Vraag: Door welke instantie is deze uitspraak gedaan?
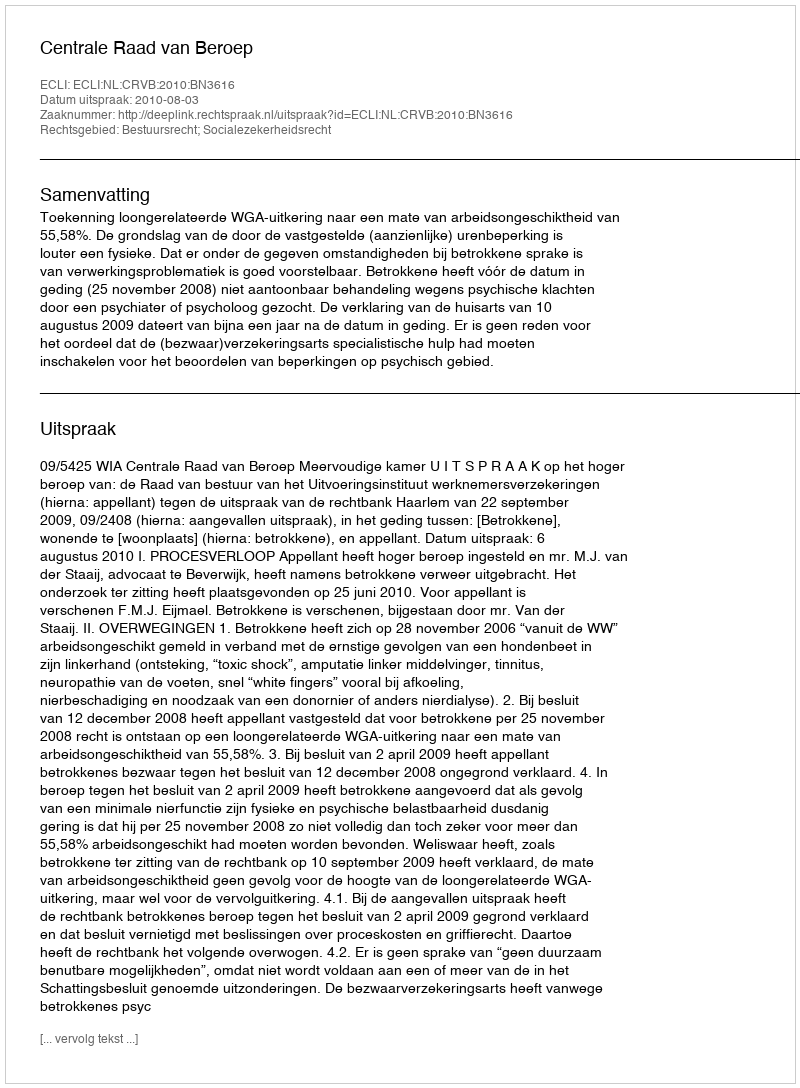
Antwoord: Centrale Raad van Beroep